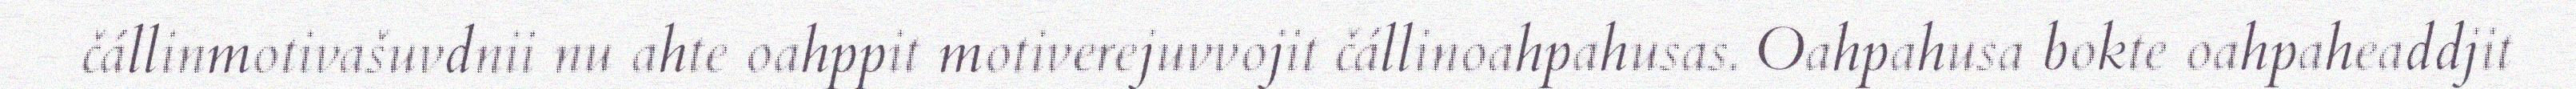
čállinmotivašuvdnii nu ahte oahppit motiverejuvvojit čállinoahpahusas. Oahpahusa bokte oahpaheaddjit